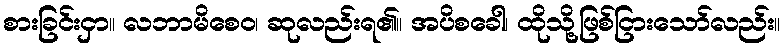
စားခြင်းငှာ။ လဘာမိစေဝ၊ ဆုလည်းရ၏။ အပိစခေါ၊ ထိုသို့ဖြစ်ငြားသော်လည်း။